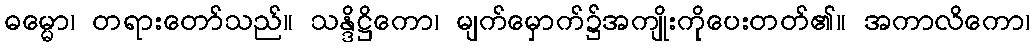
ဓမ္မော၊ တရားတော်သည်။ သန္ဒိဋ္ဌိကော၊ မျက်မှောက်၌အကျိုးကိုပေးတတ်၏။ အကာလိကော၊